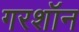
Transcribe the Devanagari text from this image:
गरशॉन